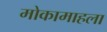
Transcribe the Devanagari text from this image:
मोकामाहला